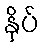
နှိပ်